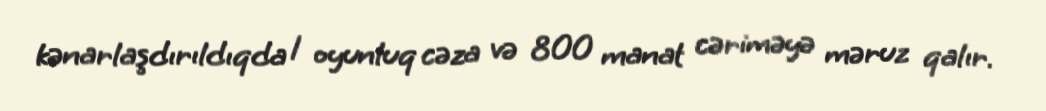
kənarlaşdırıldıqda 1 oyunluq cəza və 800 manat cəriməyə məruz qalır.